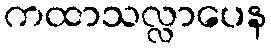
ကထာသလ္လာပေန